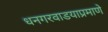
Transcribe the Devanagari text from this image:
धनगरवाडयाप्रमाणे